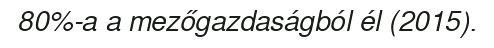
80%-a a mezőgazdaságból él (2015).